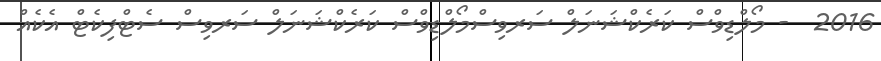
2016  - މޯލްޑިވްސް ކަރެކްޝަނަލް ސަރވިސްމޯލްޑިވްސް ކަރެކްޝަނަލް ސަރވިސް ސެޓްފިކެޓް އެކެއް